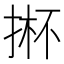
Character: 𱠈